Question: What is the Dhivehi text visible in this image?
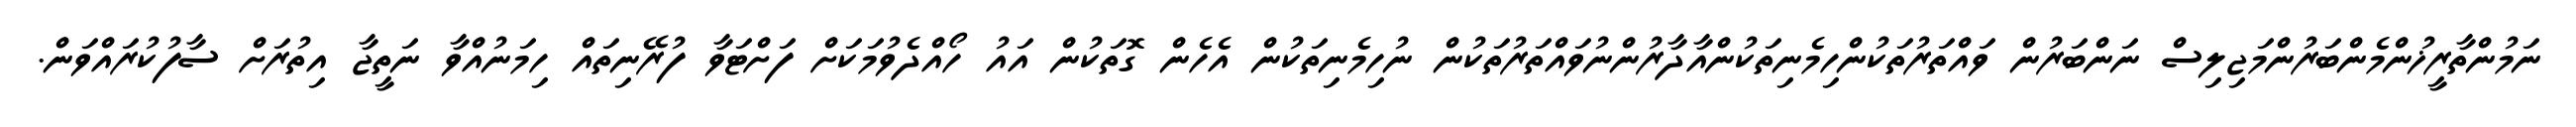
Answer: ނަމުންތާރީޚުންމެންބަރުންމަޖިލިސް ނަންބަރުން ވައްތަރުތަކުންހިމެނިތަކުންއާދާރުންނުވައްތަރުތަކުން ނުހިމެނިތަކުން އެހެން ގޮތަކުން އައު ހޯއްދެވުމަކަށް ފަށްޓަވާ ފުރޭނިތައް ހިމަނުއްވާ ނަތީޖާ އިތުރަށް ސާފުކުރައްވަން.